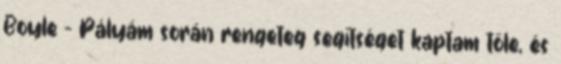
Boyle – Pályám során rengeteg segítséget kaptam tőle, és